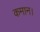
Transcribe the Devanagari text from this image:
कमान।